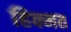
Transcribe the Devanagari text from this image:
हिक्मत